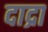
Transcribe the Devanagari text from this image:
दाद्रा